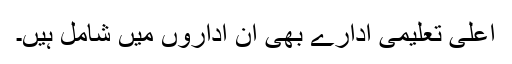
اعلیٰ تعلیمی ادارے بھی ان اداروں میں شامل ہیں۔